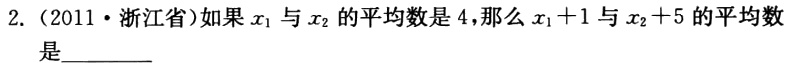
2.（2011·浙江省）如果$x_{1}$与$x_{2}$的平均数是4，那么$x_{1}+1$与$x_{2}+5$的平均数是  。